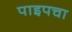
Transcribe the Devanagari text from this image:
पाइपचा